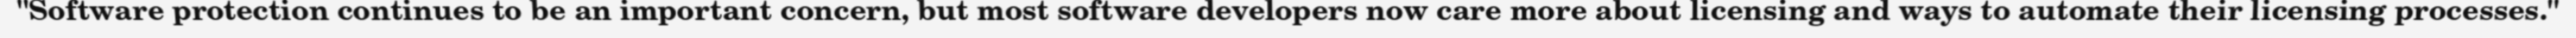
"Software protection continues to be an important concern, but most software developers now care more about licensing and ways to automate their licensing processes."